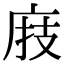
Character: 庪